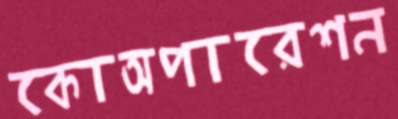
কোঅপারেশন